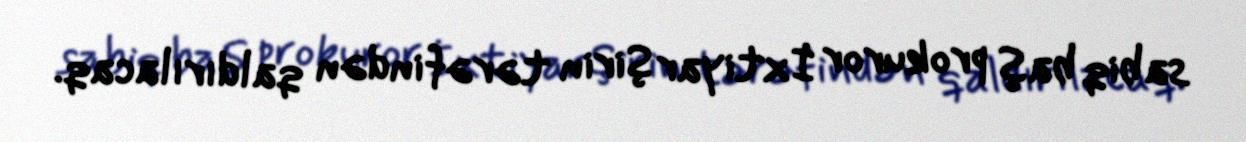
sabiq baş prokuror İxtiyar Şirin tərəfindən qaldırılacaq.